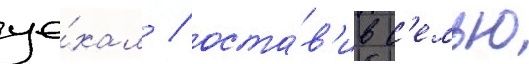
уе́хал / оста́в'ив с'емью